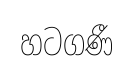
හටගණී